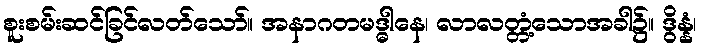
စူးစမ်းဆင်ခြင်လတ်သော်။ အနာဂတမဒ္ဓါနေ၊ လာလတ္တံ့သောအခါ၌။ ဒွိန္နံ၊